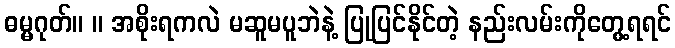
ဓမ္မဂုတ်။ ။ အစိုးရကလဲ မဆူမပူဘဲနဲ့ ပြုပြင်နိုင်တဲ့ နည်းလမ်းကိုတွေ့ရရင်